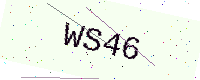
Text: WS46